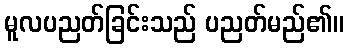
မူလပညတ်ခြင်းသည် ပညတ်မည်၏။